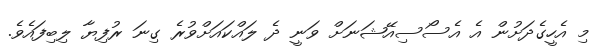
މި އެހީގެދަށުން އެ އެސޯސިއޭޝަނަށް ވަނީ ދެ ލައްކައަށްވުރެ ގިނަ ރުފިޔާ ލިބިފައެވެ.